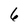
Character: 6